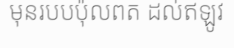
មុនរបបប៉ុលពត ដល់ឥឡូវ